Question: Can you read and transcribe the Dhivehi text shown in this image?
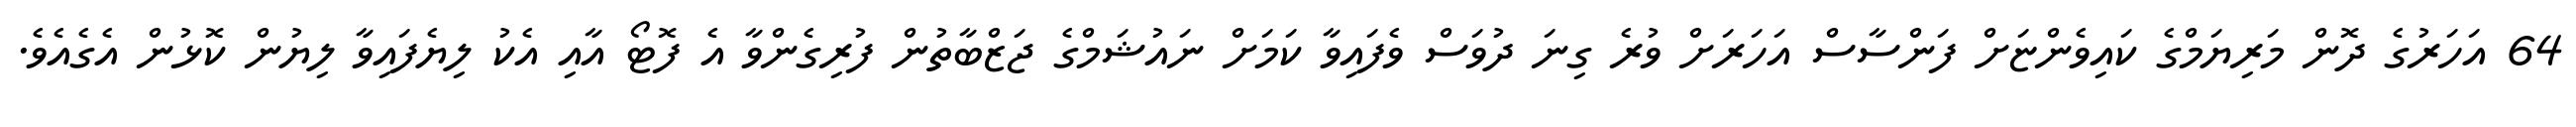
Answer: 64 އަހަރުގެ ދޮން މަރިޔަމްގެ ކައިވެންޏަށް ފަންސާސް އަހަރަށް ވުރެ ގިނަ ދުވަސް ވެފައިވާ ކަމަށް ނައުޝަމްގެ ޖަޒްބާތުން ފުރިގެންވާ އެ ފޮޓޯ އާއި އެކު ލިޔެފައިވާ ލިޔުން ކޮޅުން އެގެއެވެ.